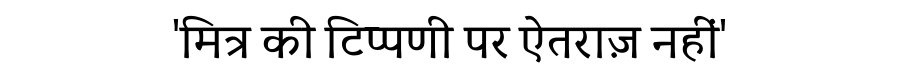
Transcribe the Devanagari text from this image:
'मित्र की टिप्पणी पर ऐतराज़ नहीं'